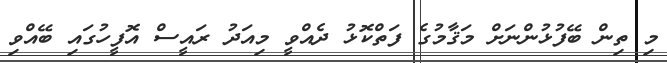
މި ތިން ބޭފުޅުންނަށް މަޤާމުގެ ފަތްކޮޅު ދެއްވީ މިއަދު ރައީސް އޮފީހުގައި ބޭއްވި